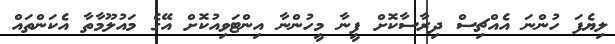
ލިޔެފަ ހުންނަ އެއްޗިސް ދިރާސާކޮށް ފީނާ މީހުންނާ އިންޓަވިއުކޮށް އޭގެ މައުލޫމާތާ އެކަންތައް